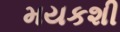
મયકશી